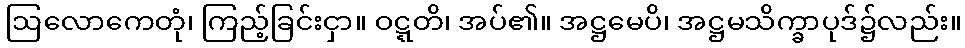
ဩလောကေတုံ၊ ကြည့်ခြင်းငှာ။ ဝဋ္ဋတိ၊ အပ်၏။ အဋ္ဌမေပိ၊ အဋ္ဌမသိက္ခာပုဒ်၌လည်း။